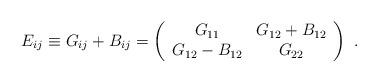
LaTeX: \begin{align*} E_{ij}\equiv G_{ij}+B_{ij}= \left(\begin{array}{cc} G_{11} & G_{12}+B_{12}\\ G_{12}-B_{12} & G_{22} \end{array}\right)~.\end{align*}